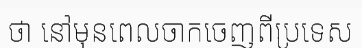
ថា នៅមុនពេលចាកចេញពីប្រទេស